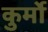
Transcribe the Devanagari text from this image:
कुर्मो